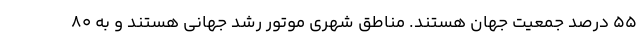
55 درصد جمعیت جهان هستند. مناطق شهری موتور رشد جهانی هستند و به 80